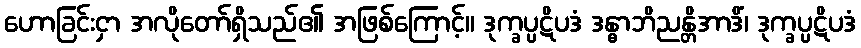
ဟောခြင်းငှာ အလိုတော်ရှိသည်၏ အဖြစ်ကြောင့်။ ဒုက္ခပ္ပဋိပဒံ ဒန္ဓာဘိညန္တိအာဒိံ၊ ဒုက္ခပ္ပဋိပဒံ